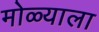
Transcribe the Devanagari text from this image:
मोळ्याला